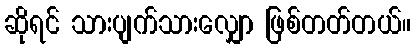
ဆိုရင် သားပျက်သားလျှော ဖြစ်တတ်တယ်။